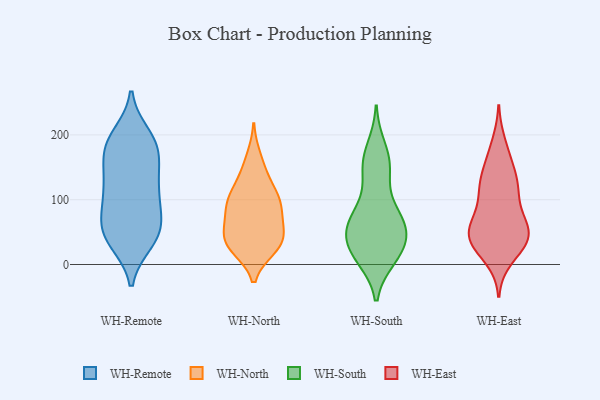
{"axis": {"x": "Latency (ms)", "y": "Value"}, "legend": ["WH-East", "WH-North", "WH-Remote", "WH-South"], "data": [{"x": "", "y": 184, "type": "WH-Remote"}, {"x": "", "y": 182, "type": "WH-Remote"}, {"x": "", "y": 122, "type": "WH-Remote"}, {"x": "", "y": 158, "type": "WH-Remote"}, {"x": "", "y": 65, "type": "WH-Remote"}, {"x": "", "y": 79, "type": "WH-Remote"}, {"x": "", "y": 136, "type": "WH-Remote"}, {"x": "", "y": 183, "type": "WH-Remote"}, {"x": "", "y": 184, "type": "WH-Remote"}, {"x": "", "y": 36, "type": "WH-Remote"}, {"x": "", "y": 43, "type": "WH-Remote"}, {"x": "", "y": 127, "type": "WH-Remote"}, {"x": "", "y": 198, "type": "WH-Remote"}, {"x": "", "y": 58, "type": "WH-Remote"}, {"x": "", "y": 102, "type": "WH-Remote"}, {"x": "", "y": 43, "type": "WH-Remote"}, {"x": "", "y": 101, "type": "WH-Remote"}, {"x": "", "y": 44, "type": "WH-Remote"}, {"x": "", "y": 68, "type": "WH-North"}, {"x": "", "y": 25, "type": "WH-North"}, {"x": "", "y": 97, "type": "WH-North"}, {"x": "", "y": 31, "type": "WH-North"}, {"x": "", "y": 36, "type": "WH-North"}, {"x": "", "y": 101, "type": "WH-North"}, {"x": "", "y": 28, "type": "WH-North"}, {"x": "", "y": 90, "type": "WH-North"}, {"x": "", "y": 143, "type": "WH-North"}, {"x": "", "y": 166, "type": "WH-North"}, {"x": "", "y": 64, "type": "WH-North"}, {"x": "", "y": 44, "type": "WH-North"}, {"x": "", "y": 58, "type": "WH-North"}, {"x": "", "y": 105, "type": "WH-North"}, {"x": "", "y": 127, "type": "WH-North"}, {"x": "", "y": 95, "type": "WH-North"}, {"x": "", "y": 28, "type": "WH-North"}, {"x": "", "y": 48, "type": "WH-South"}, {"x": "", "y": 148, "type": "WH-South"}, {"x": "", "y": 91, "type": "WH-South"}, {"x": "", "y": 63, "type": "WH-South"}, {"x": "", "y": 69, "type": "WH-South"}, {"x": "", "y": 163, "type": "WH-South"}, {"x": "", "y": 70, "type": "WH-South"}, {"x": "", "y": 156, "type": "WH-South"}, {"x": "", "y": 10, "type": "WH-South"}, {"x": "", "y": 135, "type": "WH-South"}, {"x": "", "y": 73, "type": "WH-South"}, {"x": "", "y": 42, "type": "WH-South"}, {"x": "", "y": 11, "type": "WH-South"}, {"x": "", "y": 55, "type": "WH-South"}, {"x": "", "y": 45, "type": "WH-South"}, {"x": "", "y": 20, "type": "WH-South"}, {"x": "", "y": 16, "type": "WH-South"}, {"x": "", "y": 180, "type": "WH-South"}, {"x": "", "y": 20, "type": "WH-South"}, {"x": "", "y": 42, "type": "WH-East"}, {"x": "", "y": 28, "type": "WH-East"}, {"x": "", "y": 186, "type": "WH-East"}, {"x": "", "y": 75, "type": "WH-East"}, {"x": "", "y": 127, "type": "WH-East"}, {"x": "", "y": 50, "type": "WH-East"}, {"x": "", "y": 10, "type": "WH-East"}, {"x": "", "y": 117, "type": "WH-East"}, {"x": "", "y": 150, "type": "WH-East"}, {"x": "", "y": 107, "type": "WH-East"}, {"x": "", "y": 118, "type": "WH-East"}, {"x": "", "y": 47, "type": "WH-East"}, {"x": "", "y": 31, "type": "WH-East"}, {"x": "", "y": 38, "type": "WH-East"}, {"x": "", "y": 127, "type": "WH-East"}, {"x": "", "y": 50, "type": "WH-East"}, {"x": "", "y": 168, "type": "WH-East"}, {"x": "", "y": 63, "type": "WH-East"}, {"x": "", "y": 71, "type": "WH-East"}, {"x": "", "y": 38, "type": "WH-East"}]}